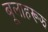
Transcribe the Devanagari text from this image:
बूलाहरूझ